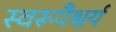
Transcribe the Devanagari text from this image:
स्वरूपैश्वर्य